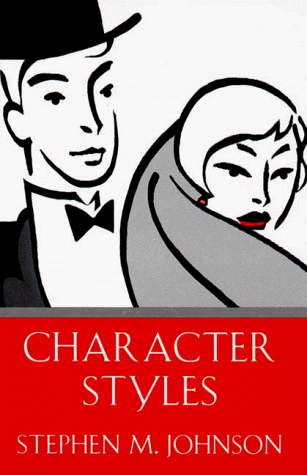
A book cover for Character Styles; Stephen M. Johnson; Health, Fitness & Dieting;